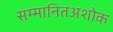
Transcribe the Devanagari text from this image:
सम्मानितअशोक